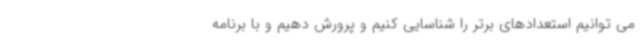
می توانیم استعدادهای برتر را شناسایی کنیم و پرورش دهیم و با برنامه